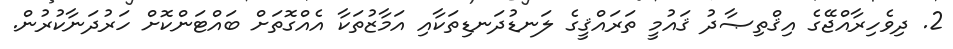
2. ދިވެހިރާއްޖޭގެ އިޤްތިޞާދު ޤައުމީ ތަރައްޤީގެ ލަނޑުދަނޑިތަކާއި އަމާޒުތަކާ އެއްގޮތަށް ބައްޓަންކޮށް ހަރުދަނާކުރުން.